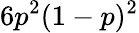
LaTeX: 6p^{2}(1-p)^{2}